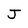
Character: J